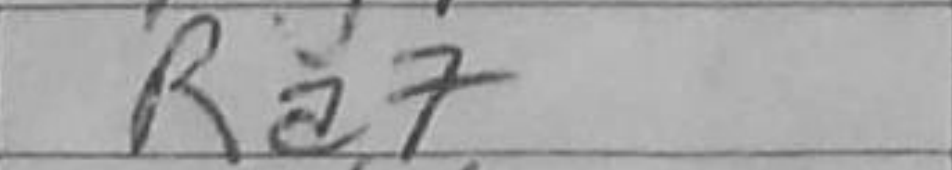
Transcription: R7